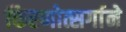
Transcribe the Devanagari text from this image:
किरणोत्सर्गाने